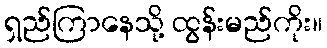
ရှည်ကြာနေသို့ ထွန်းမည်ကိုး။